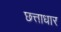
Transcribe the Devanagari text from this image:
छत्ताधार